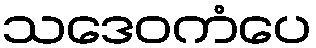
သဒေဝကံပေ